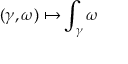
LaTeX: ( \gamma , \omega ) \mapsto \int _ { \gamma } \omega